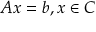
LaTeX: A x = b , x \in C